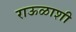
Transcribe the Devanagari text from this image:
राऊळाशी